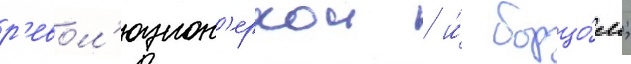
р'евол'юцион'еркои / и́ борцо́м;